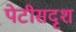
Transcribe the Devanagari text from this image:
पेटीसदृश